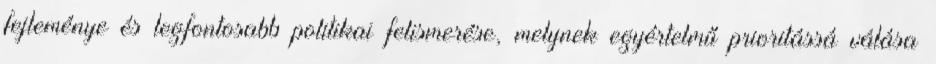
fejleménye és legfontosabb politikai felismerése, melynek egyértelmű prioritássá válása